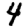
Digit: 4